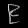
Digit: ၉